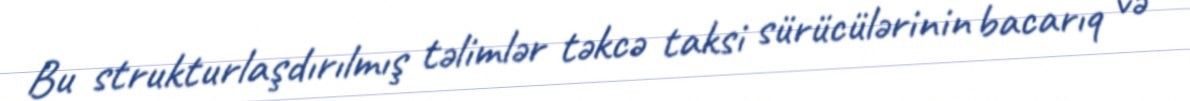
Bu strukturlaşdırılmış təlimlər təkcə taksi sürücülərinin bacarıq və